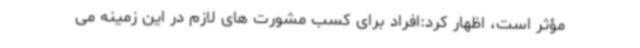
مؤثر است، اظهار کرد:افراد برای کسب مشورت های لازم در این زمینه می